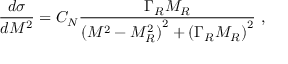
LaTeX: \frac { d \sigma } { d M ^ { 2 } } = { C _ { N } } \frac { \Gamma _ { R } M _ { R } } { { ( M ^ { 2 } - { M _ { R } ^ { 2 } } ) } ^ { 2 } + { ( \Gamma _ { R } M _ { R } ) } ^ { 2 } } \ ,